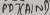
Text: PB7